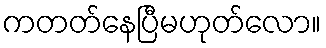
ကတတ်နေပြီမဟုတ်လော။